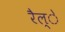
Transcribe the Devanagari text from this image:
रैल्े